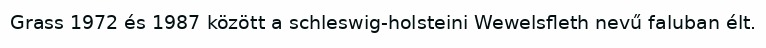
Grass 1972 és 1987 között a schleswig-holsteini Wewelsfleth nevű faluban élt.